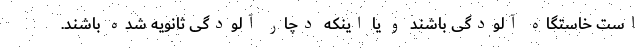
است خاستگاه آلودگی باشند و یا اینکه دچار آلودگی ثانویه شده باشند.